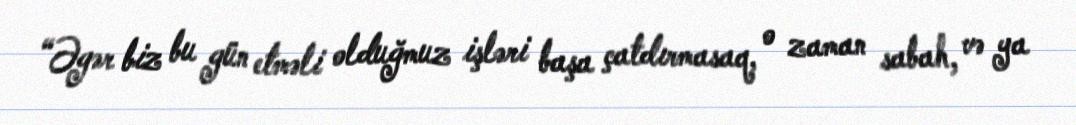
“Əgər biz bu gün etməli olduğmuz işləri başa çatdırmasaq, o zaman sabah, və ya